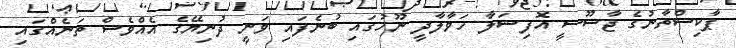
ޕާކިސްތާނުގެ ޖާސޫސީ އޮފިޝަލާ ހަވާލާދީ ނޫހުގައި ބުނެފައި ވަނީ ދުނިޔޭގެ އެއްވެސް ތަނެއްގައި